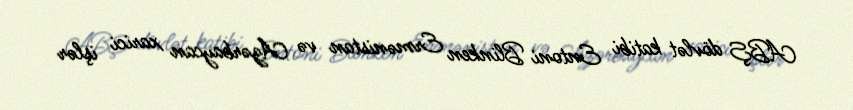
ABŞ dövlət katibi Entoni Blinken Ermənistan və Azərbaycan xarici işlər